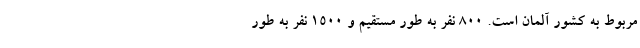
مربوط به کشور آلمان است. ۸۰۰ نفر به طور مستقیم و ۱۵۰۰ نفر به طور